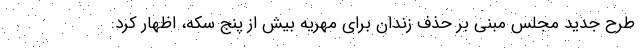
طرح جدید مجلس مبنی بر حذف زندان برای مهریه بیش از پنج سکه، اظهار کرد: